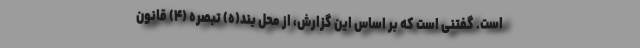
است. گفتنی است که بر اساس این گزارش، از محل بند(ه) تبصره (۴) قانون